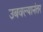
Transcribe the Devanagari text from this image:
उबवल्यानंतर